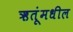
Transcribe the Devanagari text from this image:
ऋतूंमधील